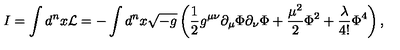
I = \int d ^ { n } x { \cal L } = - \int d ^ { n } x \sqrt { - g } \left( \frac { 1 } { 2 } g ^ { \mu \nu } \partial _ { \mu } \Phi \partial _ { \nu } \Phi + \frac { \mu ^ { 2 } } { 2 } \Phi ^ { 2 } + \frac { \lambda } { 4 ! } \Phi ^ { 4 } \right) ,